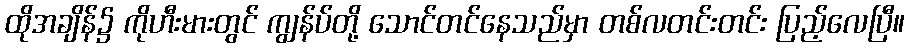
ထိုအချိန်၌ ကိုဟီးမားတွင် ကျွန်ပ်တို့ သောင်တင်နေသည်မှာ တစ်လတင်းတင်း ပြည့်လေပြီ။